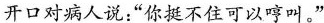
开口对病人说：”你挺不住可以哼叫。”